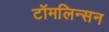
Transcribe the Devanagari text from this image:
टॉमलिन्सन